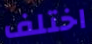
اختلف